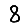
Digit: 8